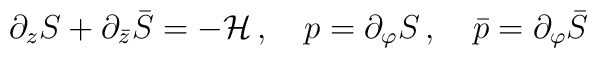
\partial_z S+\partial_{\bar{z}} \bar{S}=-{\cal H}\,,\quad p=\partial_{\varphi}S\, ,\quad \bar{p}=\partial_{\varphi}\bar{S}